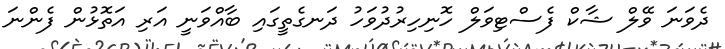
ދެވަނަ ވޭލް ޝާކް ފެސްޓިވަލް ހޮނިހިރުދުވަހު ދަނގެތީގައި ބާއްވަނީ އަރި އަތޮޅުން ފެންނަ